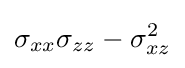
\sigma _{xx}\sigma _{zz}-\sigma _{xz}^{2}